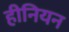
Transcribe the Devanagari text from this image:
हीनियन